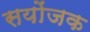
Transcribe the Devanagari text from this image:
सयोंजक